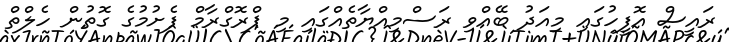
ރައީސް އޮފީހުގައި މިއަދު ބޭއްވި ރަސްމިއްޔާތެއްގައި މި ޕްރޮގްރާމް ފެށުމުގެ ގޮތުން ހެލްތް